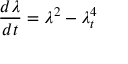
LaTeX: \frac { d \lambda } { d t } = \lambda ^ { 2 } - \lambda _ { t } ^ { 4 }